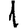
Digit: 1